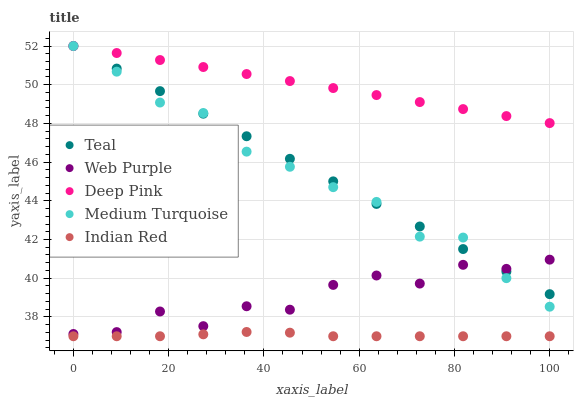
| xaxis_label | Teal | Web Purple | Deep Pink | Medium Turquoise | Indian Red |
 | --- | --- | --- | --- | --- | --- |
 | 0 | 52 | 37.1 | 52 | 52 | 37 |
 | 9.09 | 50.8 | 37.2 | 51.6 | 50.7 | 37 |
 | 18.2 | 49.7 | 38.3 | 51.3 | 49.1 | 37 |
 | 27.3 | 48.5 | 37.5 | 50.9 | 48.5 | 37.1 |
 | 36.4 | 47.3 | 38.6 | 50.6 | 46.5 | 37.2 |
 | 45.5 | 46.2 | 38.4 | 50.2 | 45.8 | 37.2 |
 | 54.5 | 45 | 39.7 | 49.8 | 44.7 | 37 |
 | 63.6 | 43.8 | 40.1 | 49.5 | 43.9 | 37 |
 | 72.7 | 42.7 | 39.7 | 49.1 | 42.1 | 37 |
 | 81.8 | 41.5 | 40.7 | 48.7 | 42.1 | 37 |
 | 90.9 | 40.3 | 40.5 | 48.4 | 40 | 37 |
 | 100 | 39.2 | 41 | 48 | 38.5 | 37 |